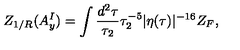
Z _ { 1 / R } ( A _ { y } ^ { I } ) = \int \frac { d ^ { 2 } \tau } { \tau _ { 2 } } \tau _ { 2 } ^ { - 5 } | \eta ( \tau ) | ^ { - 1 6 } Z _ { F } ,